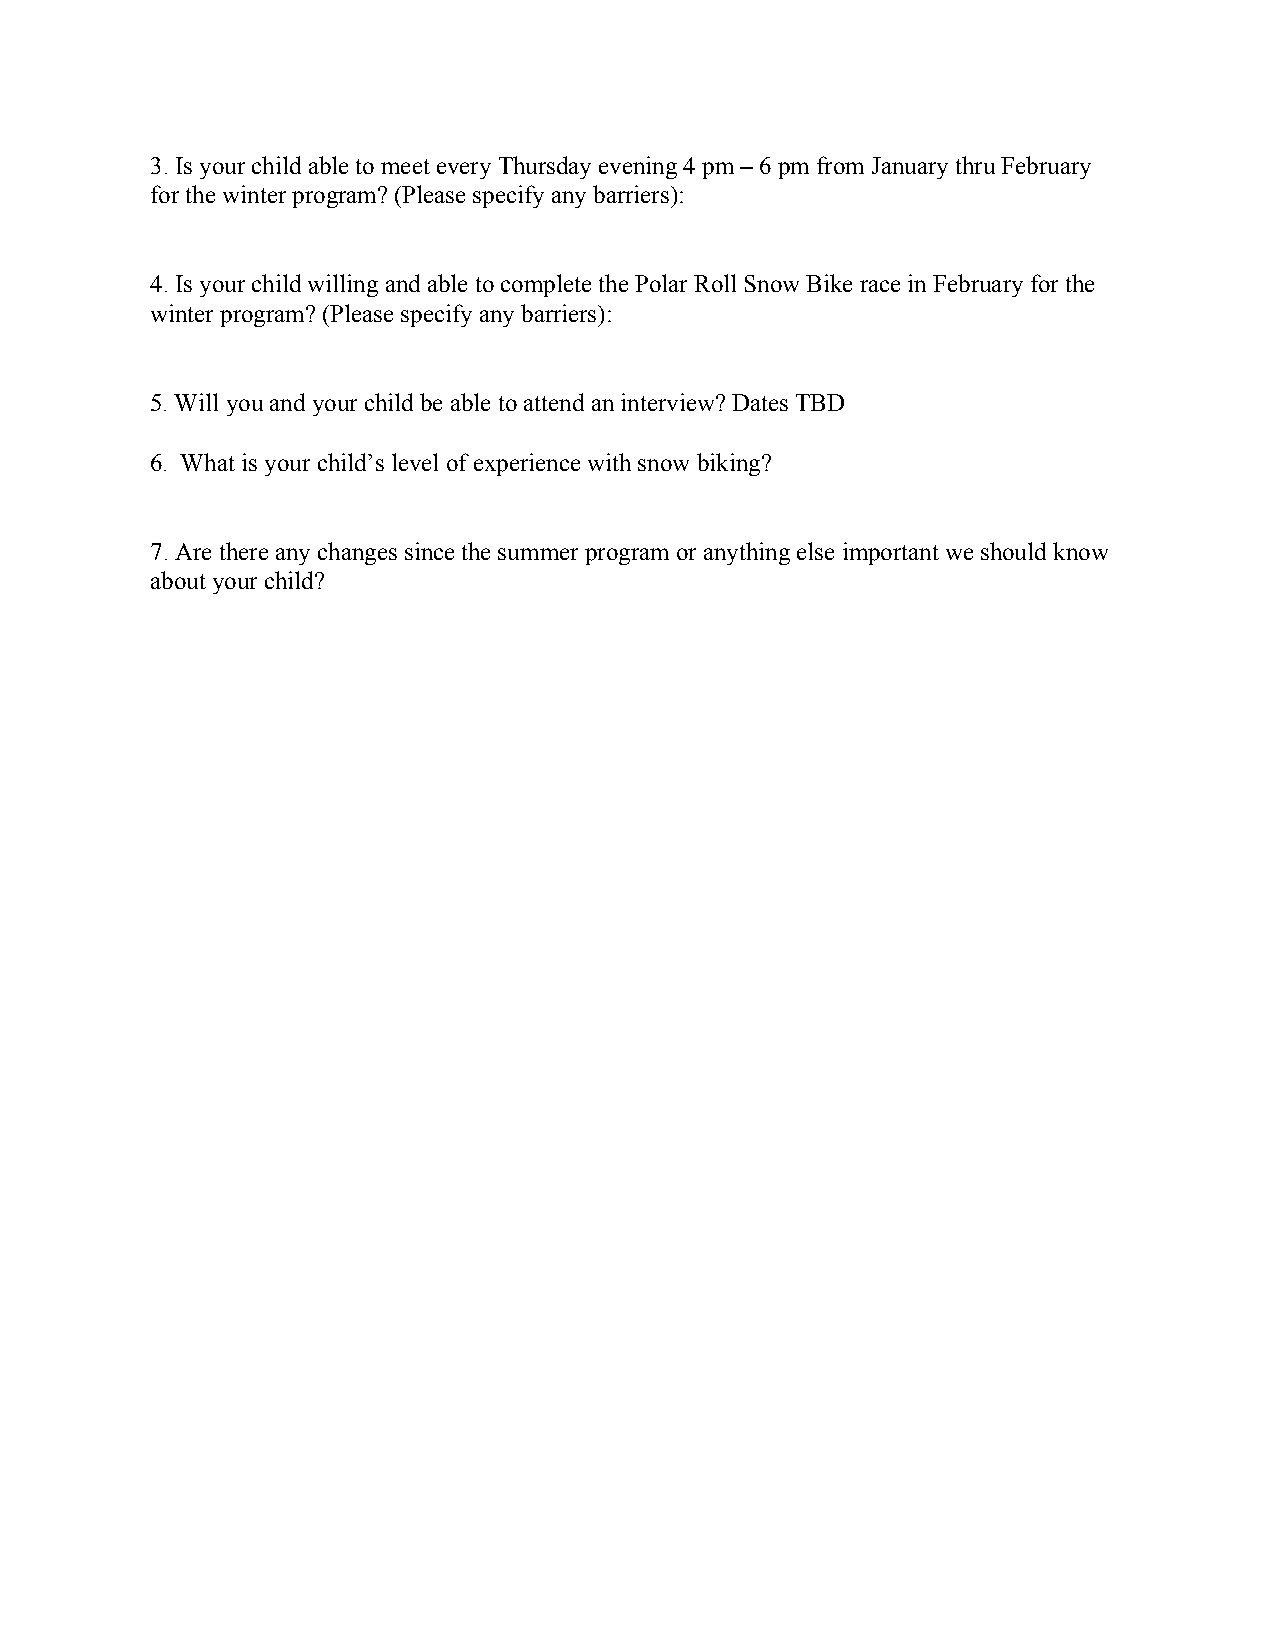
3. Is your child able to meet every Thursday evening 4 pm – 6 pm from January thru February
 for the winter program? (Please specify any barriers):
 4. Is your child willing and able to complete the Polar Roll Snow Bike race in February for the
 winter program? (Please specify any barriers):
 5. Will you and your child be able to attend an interview? Dates TBD
 6. What is your child’s level of experience with snow biking?
 7. Are there any changes since the summer program or anything else important we should know
 about your child?